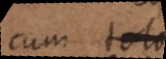
cum toto